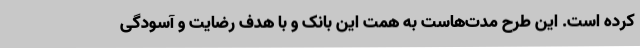
کرده است. این طرح مدت‌هاست به همت این بانک و با هدف رضایت و آسودگی